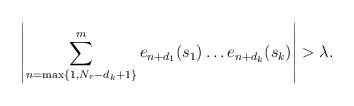
LaTeX: \begin{align*} \left|\sum_{n=\max\{1, N_{r}-d_k+1\}}^{m}e_{n+d_1}(s_1)\dots e_{n+d_k}(s_k) \right|>\lambda.\end{align*}